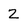
Character: 2